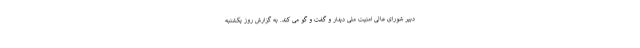
دبیر شورای عالی امنیت ملی دیدار و گفت و گو می کند. به گزارش روز یکشنبه